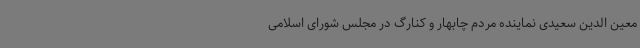
معین الدین سعیدی نماینده مردم چابهار و کنارگ در مجلس شورای اسلامی